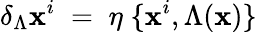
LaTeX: \delta_{\Lambda}\mathbf{x}^{i}\; =\; \eta\; \{ \mathbf{x}^{i},\Lambda(\mathbf{x})\}